65_HS1-834228961_62-HQ-83894_Section_6
Agency: FBI
Page 255
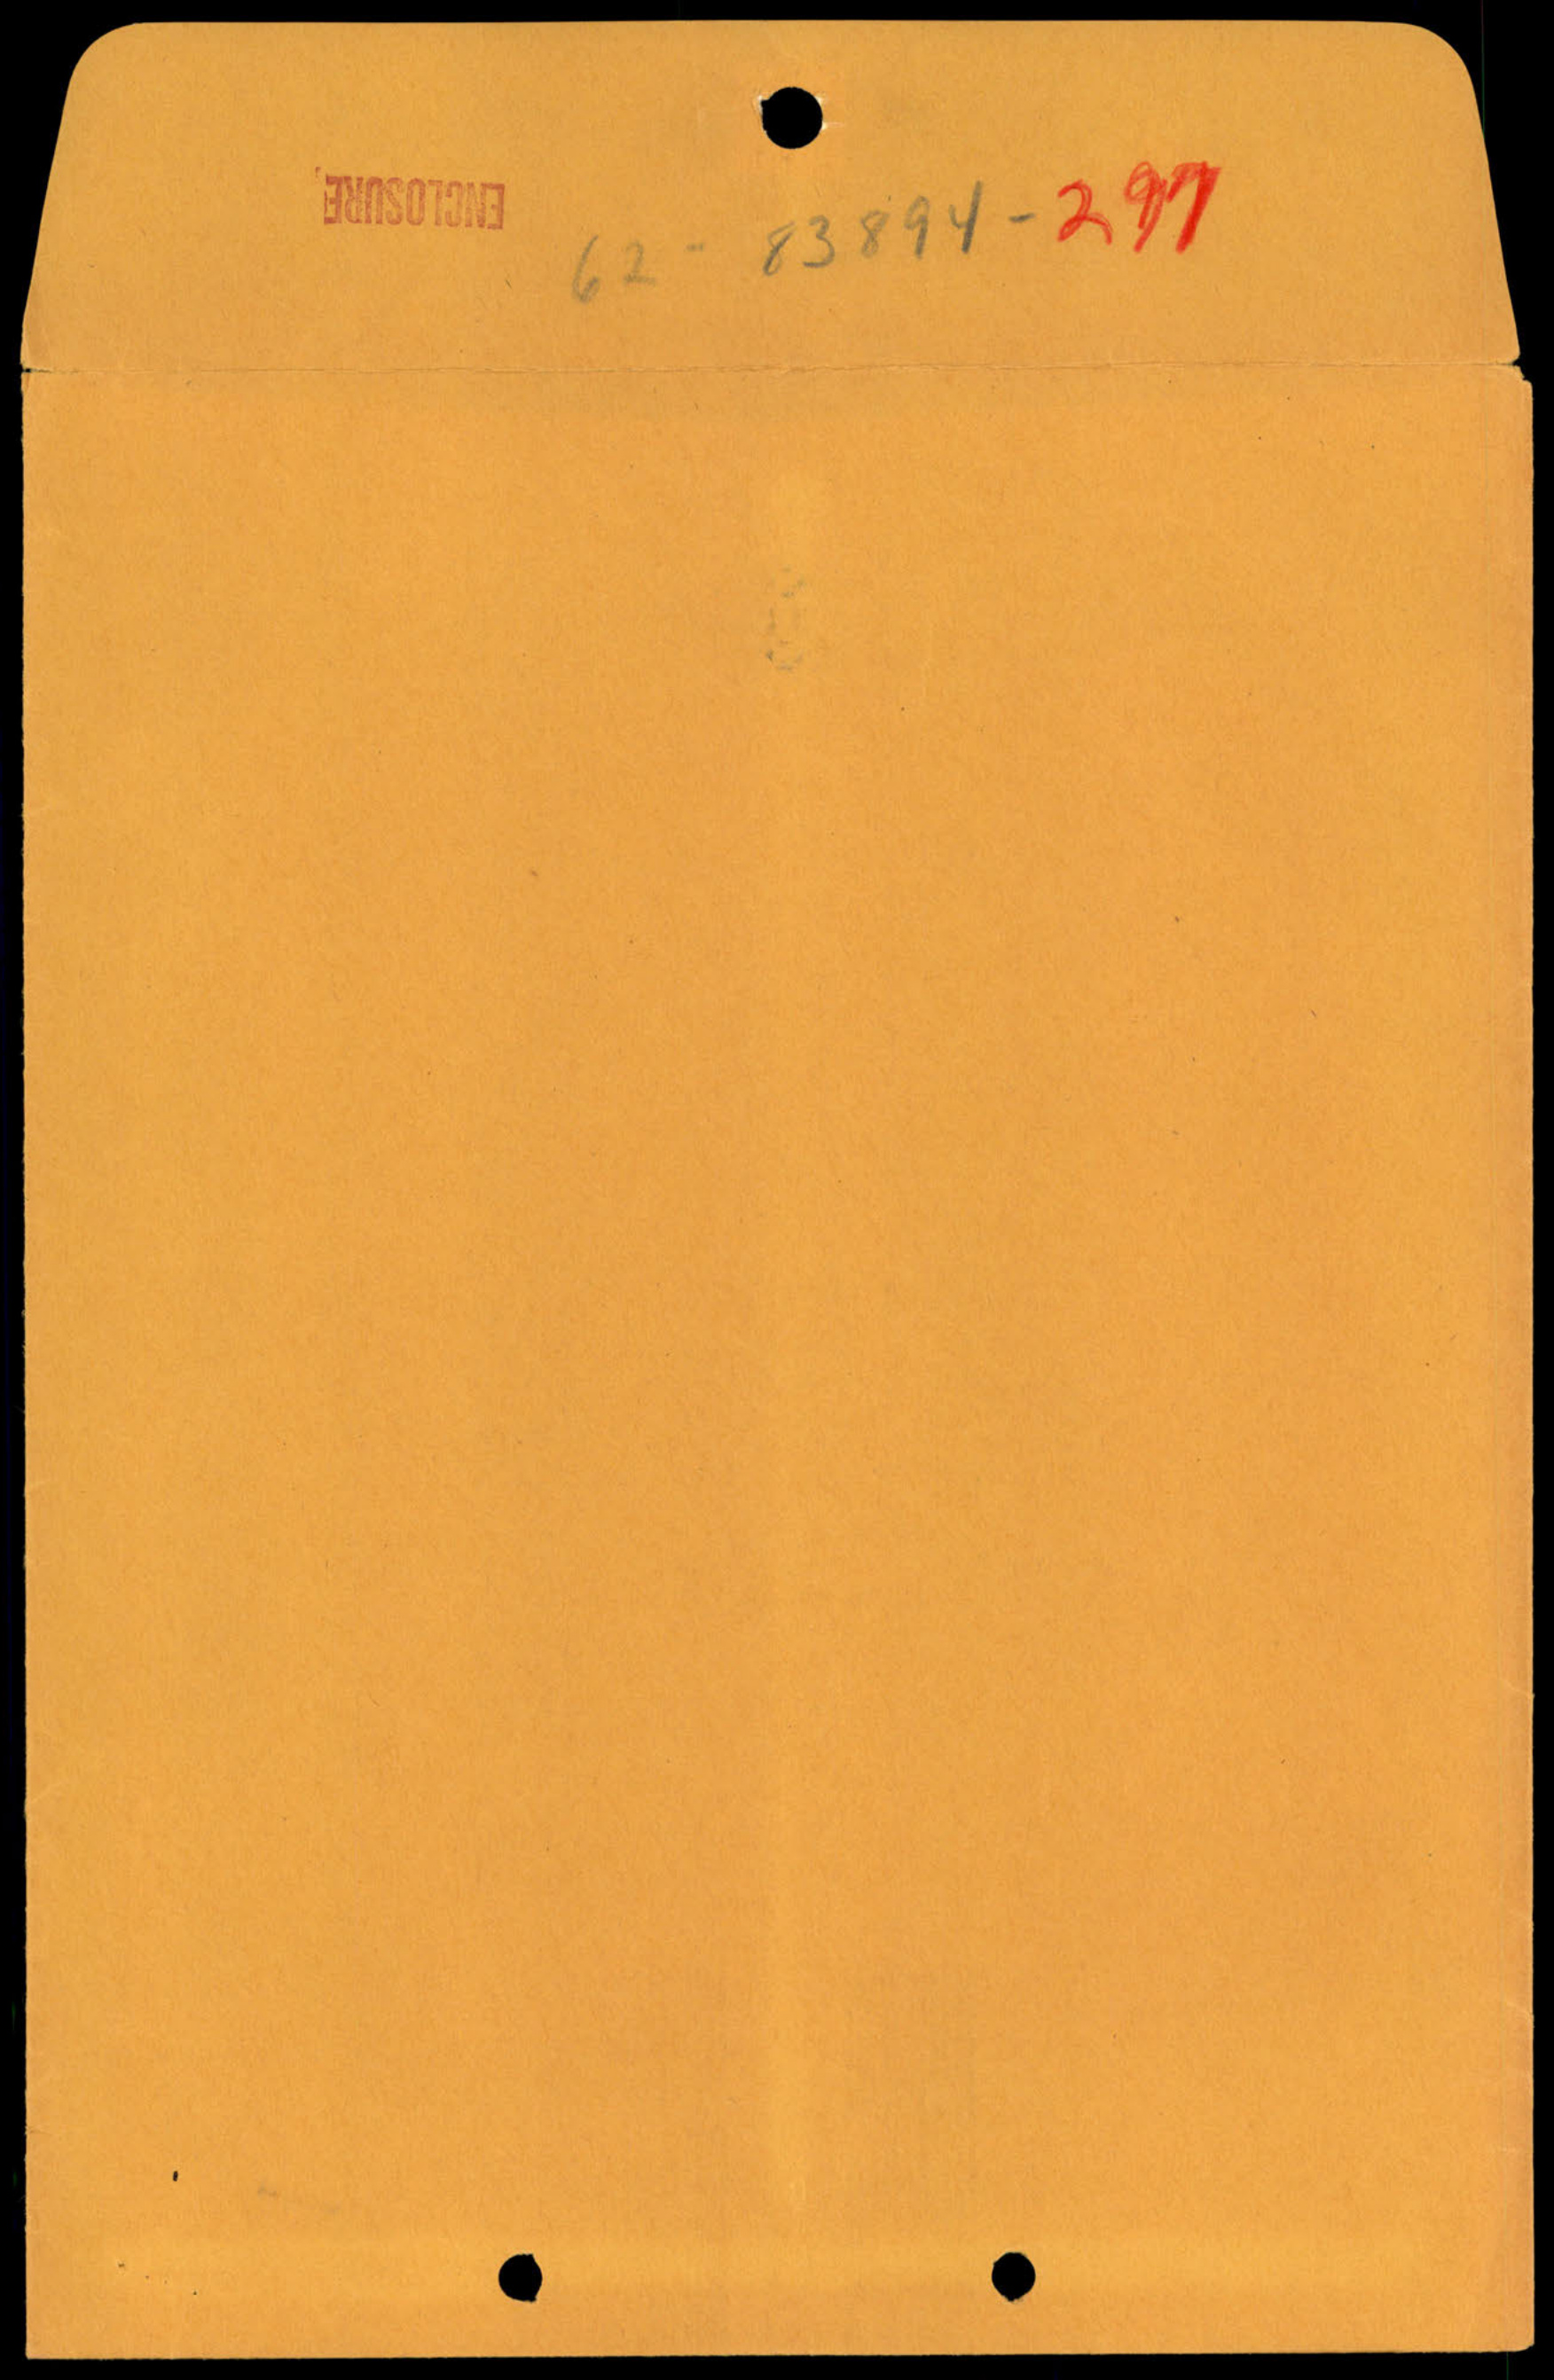